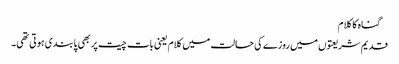
 گناہ کا کلام
قدیم شریعتوں میں روزے کی حالت میں کلام یعنی بات چیت پر بھی پابندی ہوتی تھی۔